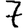
Digit: 7